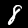
Label: 8